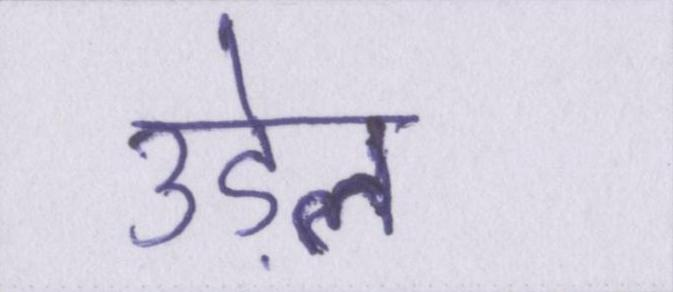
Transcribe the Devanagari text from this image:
उड़ेल